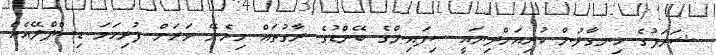
ޝަރަފުގެ ހިނގާލުން ކުރިއަށްދިޔައީ ސިފައިންގެ ބޭންޑުގެ ރާގުތައް ހިމެނޭ ވަރަށް ފުރިހަމަ ޑިސްޕްލޭއެއް